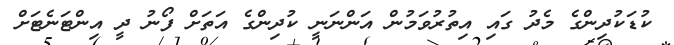
ކުޑަކުދިންގެ މެދު ގައި އިތުރުވަމުން އަންނަނީ ކުދިންގެ އަތަށް ފޯނު ދީ އިންޓަނެޓަށް